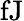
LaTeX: \mathrm{fJ}